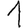
Digit: 1